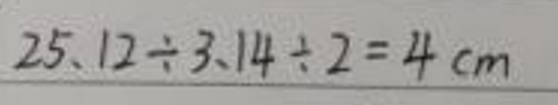
\[25.12\div3.14\div2 = 4\mathrm{cm}\]